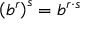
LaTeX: \left( b ^ { r } \right) ^ { s } = b ^ { r \cdot s }